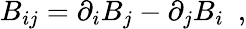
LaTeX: B_{ij}=\partial_{i}B_{j}-\partial_{j}B_{i}~~,